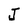
Character: J